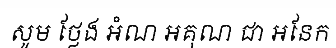
សូម ថ្លែង អំណ អគុណ ជា អនែក